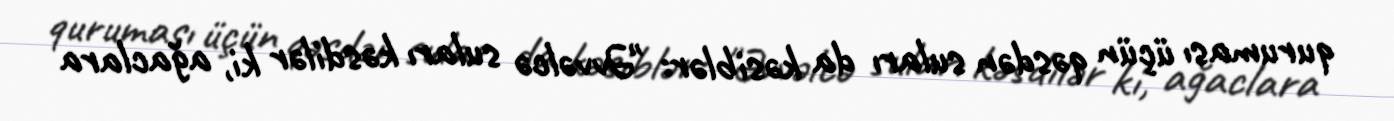
quruması üçün qəsdən suları da kəsiblər: "Əvvəlcə suları kəsdilər ki, ağaclara